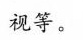
视等。